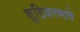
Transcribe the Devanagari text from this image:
शुद्दिकरणाचे